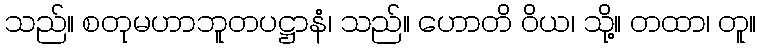
သည်။ စတုမဟာဘူတပဋ္ဌာနံ၊ သည်။ ဟောတိ ဝိယ၊ သို့။ တထာ၊ တူ။